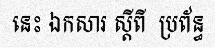
នេះ ឯកសារ ស្តីពី  ប្រព័ន្ធ